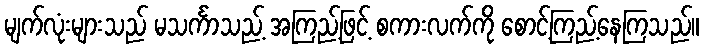
မျက်လုံးများသည် မသင်္ကာသည့် အကြည့်ဖြင့် စကားလက်ကို စောင့်ကြည့်နေကြသည်။